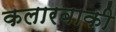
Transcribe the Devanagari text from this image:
कलारबाकी